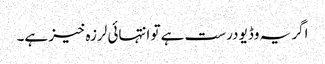
اگر یہ وڈیو درست ہے تو انتہائی لرزہ خیز ہے۔